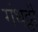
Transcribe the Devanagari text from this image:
गंधट्ठी